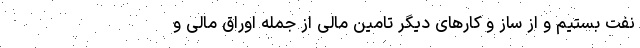
نفت بستیم و از ساز و کار‌های دیگر تامین مالی از جمله اوراق مالی و